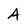
Character: A